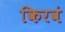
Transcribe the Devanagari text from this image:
किरवं